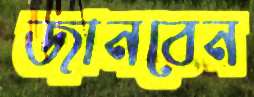
জানবেন